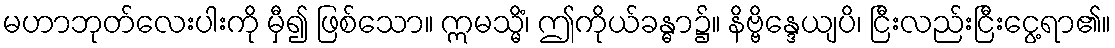
မဟာဘုတ်လေးပါးကို မှီ၍ ဖြစ်သော။ ဣမသ္မိံ၊ ဤကိုယ်ခန္ဓာ၌။ နိဗ္ဗိန္ဒေယျပိ၊ ငြီးလည်းငြီးငွေ့ရာ၏။